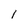
Character: I